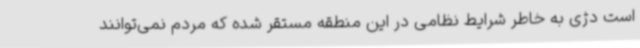
است دژی به خاطر شرایط نظامی در این منطقه مستقر شده که مردم نمی‌توانند